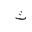
Letter: _tha